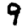
Digit: 9